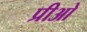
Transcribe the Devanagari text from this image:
प्रीओ